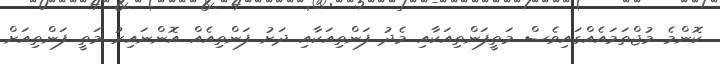
ކޮންމެ މުޖްތަމައެއްގައިވެސް މަތީފަންތިއަކާއި މެދު ފަންތިއަކާއި ދަށު ފަންތިއެއް އޮންނައިރު މަތީ ފަންތިއަށް